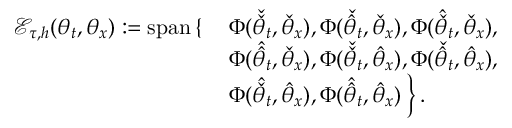
\begin{array} { r l } { \mathcal { E } _ { \tau , h } ( \theta _ { t } , \theta _ { x } ) : = \mathrm { s p a n } \left\{ \right. } & { \left. \boldsymbol { \Phi } ( \check { \check { \theta } } _ { t } , \check { \theta } _ { x } ) , \boldsymbol { \Phi } ( \check { \hat { \theta } } _ { t } , \check { \theta } _ { x } ) , \boldsymbol { \Phi } ( \hat { \check { \theta } } _ { t } , \check { \theta } _ { x } ) , \right. } \\ & { \left. \boldsymbol { \Phi } ( \hat { \hat { \theta } } _ { t } , \check { \theta } _ { x } ) , \boldsymbol { \Phi } ( \check { \check { \theta } } _ { t } , \hat { \theta } _ { x } ) , \boldsymbol { \Phi } ( \check { \hat { \theta } } _ { t } , \hat { \theta } _ { x } ) , \right. } \\ & { \left. \boldsymbol { \Phi } ( \hat { \check { \theta } } _ { t } , \hat { \theta } _ { x } ) , \boldsymbol { \Phi } ( \hat { \hat { \theta } } _ { t } , \hat { \theta } _ { x } ) \: \right\} . } \end{array}